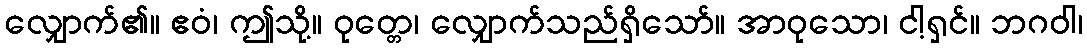
လျှောက်၏။ ဧဝံ၊ ဤသို့။ ဝုတ္တေ၊ လျှောက်သည်ရှိသော်။ အာဝုသော၊ ငါ့ရှင်။ ဘဂဝါ၊